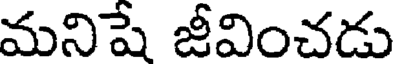
మనిషే జీవించడు